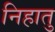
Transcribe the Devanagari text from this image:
निहातु